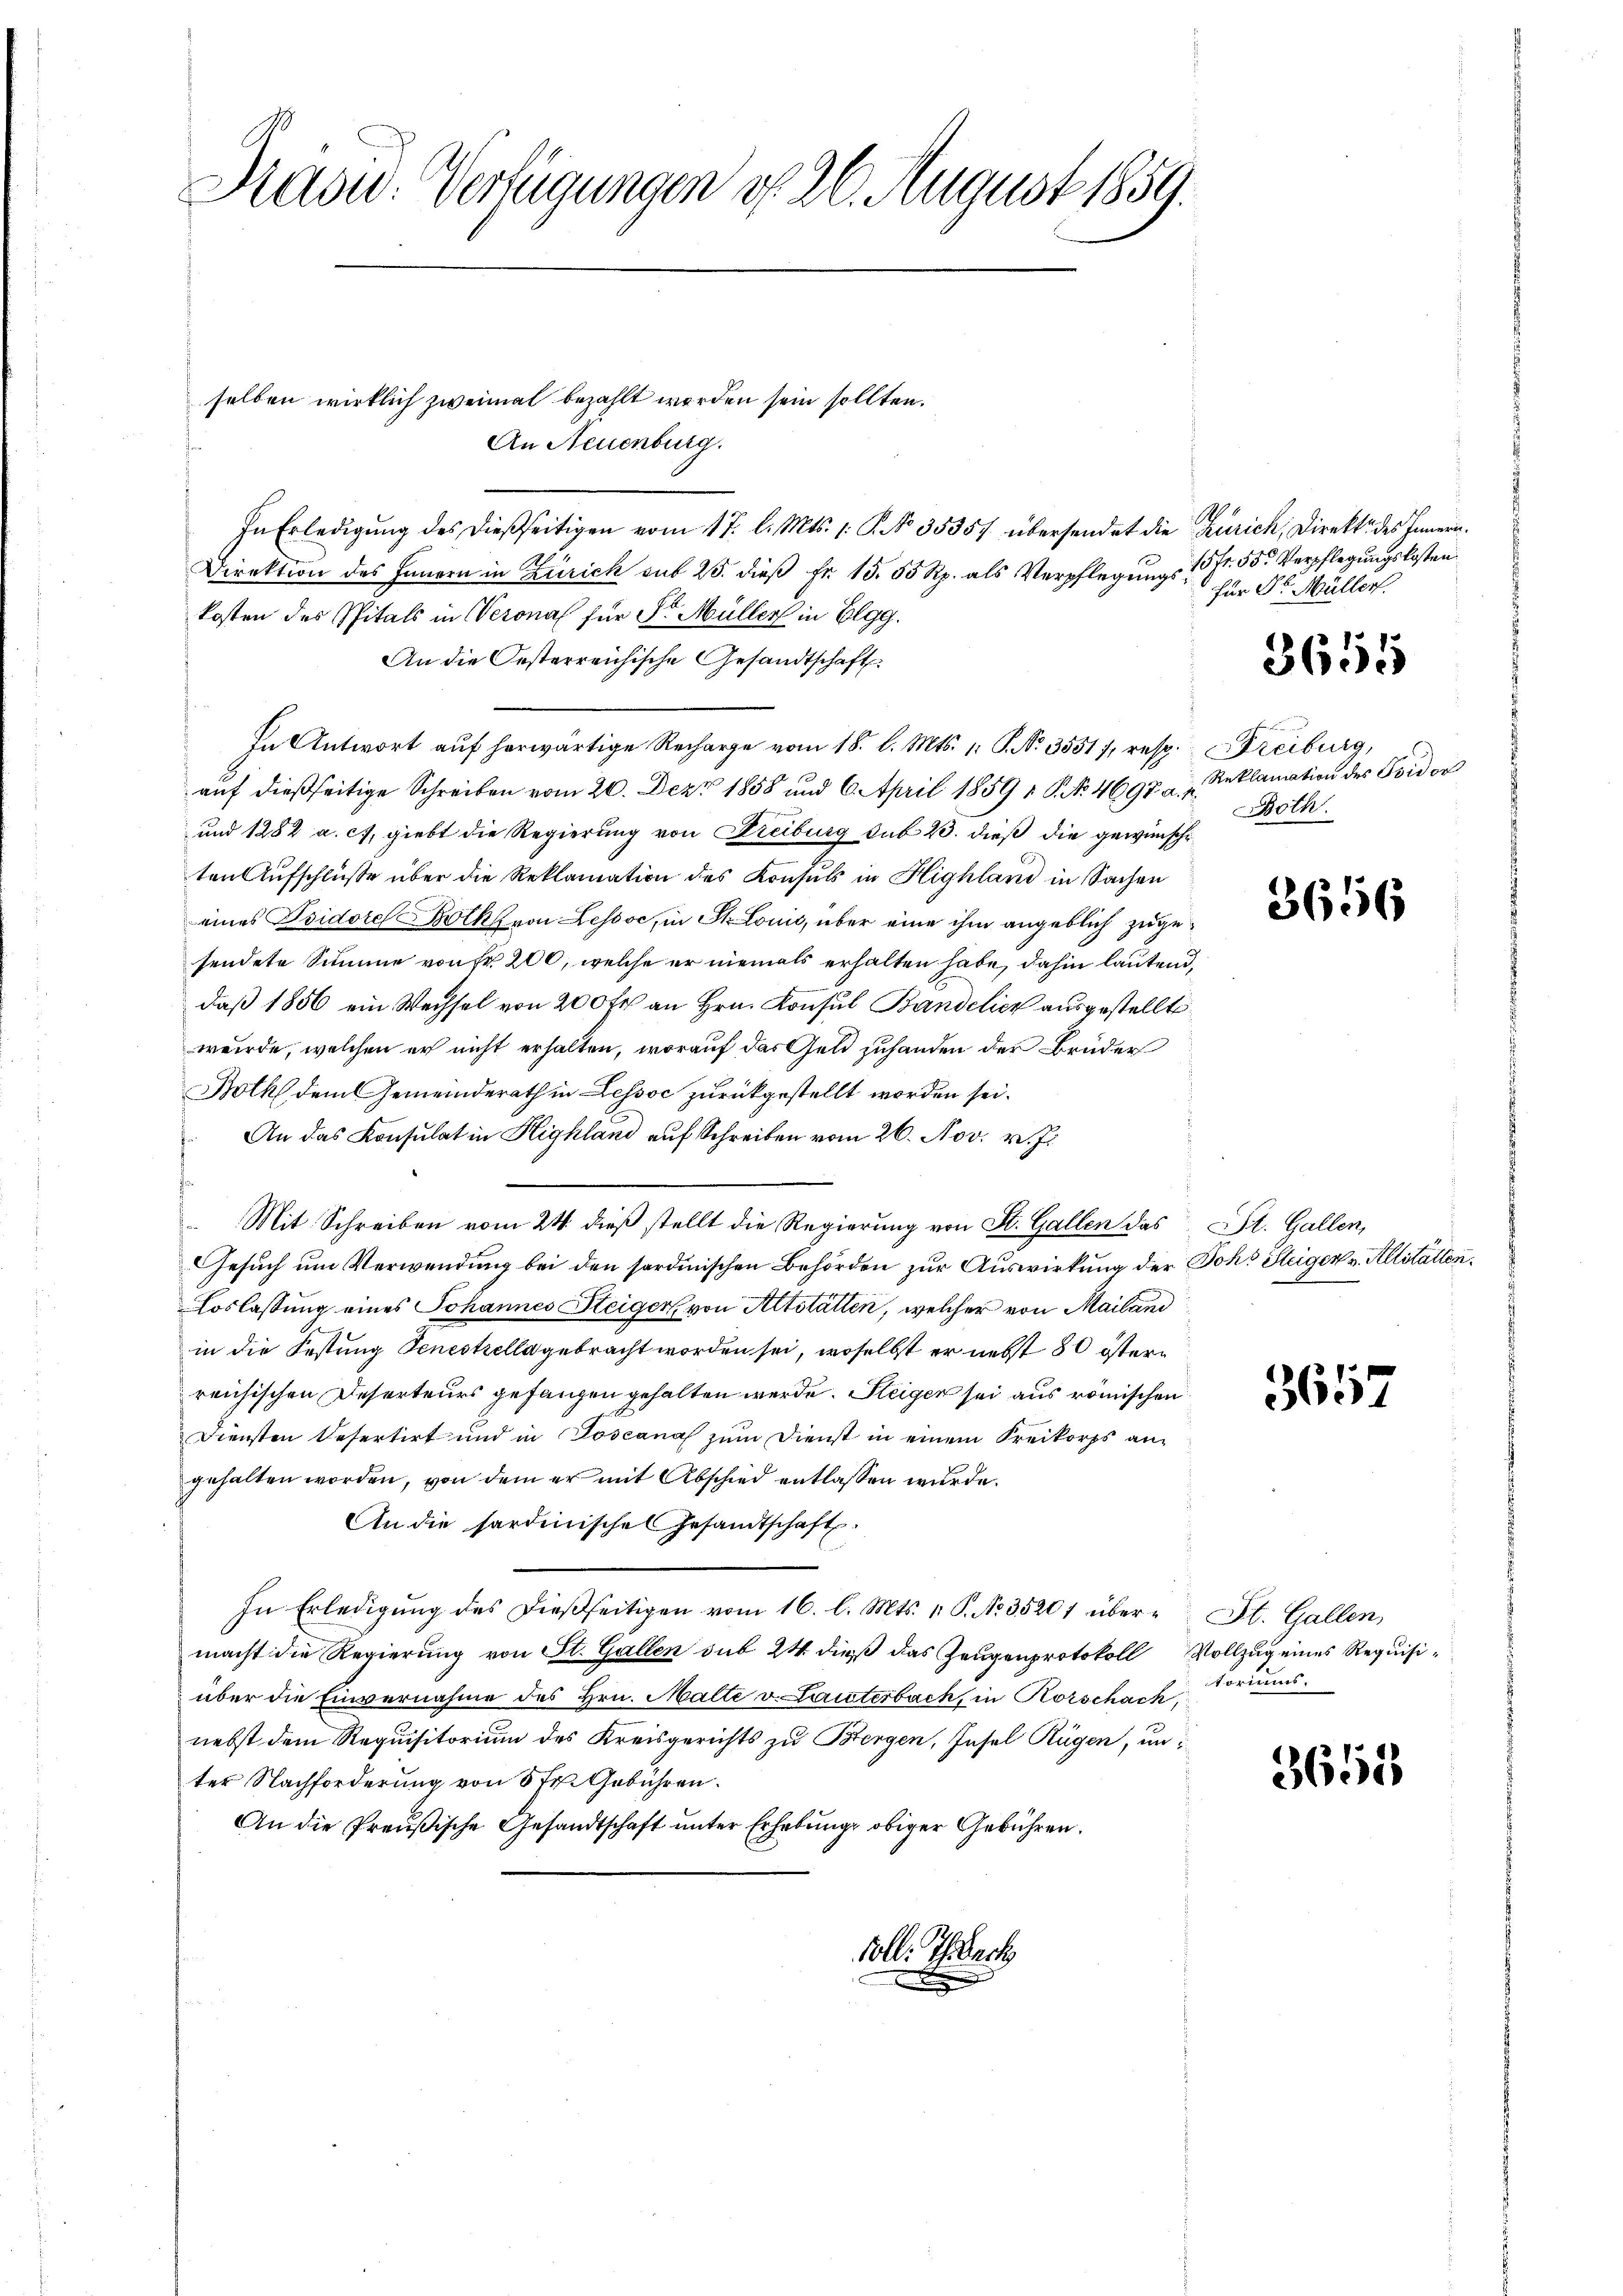
Radw. Verfügungen d. 26. August 1859.

selben wirklich zweimal bezahlt worden sein sollten.
An Neuenburg.
In Erledigung des dießseitigen vom 17. l. Mts. 1. P. No. 35357 übersendet die Zürich, Direkt des Innern.
Direktion des Innern in Zürich auf 25. dieß fr. 15. 55 Rp. als Verpflegungs 15 Fr. 55. Verpflegungskosten
kosten des Spitals in Verona für Sr. Müller in Elgg.
An die Oesterreichische Gesandtschaft.
In Antwort aŭf herwärtige Recharge vom 18. l. Mts. 1. P. Nr. 3551, resp. Freiburg,
aŭf dießseitige Schreiben vom 20. Dez. 1858 und 6. April 1859 v P. No 4697. a. u. Reklamation des Poidor
und 1282 a. c., giebt die Regierung von Freiburg sub 23. dieß die gewünsche
ten Aufschlüße über die Reklamation des Konsuls in Highland in Sachen
eines Isidoreolk von Lessor, in St. Louis, über eine ihm angeblich zugesendete Summe von Fr. 200, welche er niemals erhalten habe, dahin lautend,
daß 1856 ein Wechsel von 200 fr an Hrn. Konsul Bandelick ausgestellte
wurde, welchen er nicht erhalten, worauf das Geld zuhanden der Brüder
Both dem Gemeinderath in Lessoc zurückgestellt worden sei.
An das Konsulat in Highland auf Schreiben vom 26. Nov. v. J.
Mit Schreiben vom 24. dieß stellt die Regierung von St. Gallen das
Gesuch um Verwendung bei den sordinischen Behörden zur Auswirkung der Joh. Steiger v. Allställen¬
Loslassung eines Johannes Steiger, von Altstätten, welcher von Mailand
in die Festung denestrella gebracht worden sei, woselbst er nebst 80 östern
reichischen Deserteurs gefangen gehalten werde. Steiger sei aus römischen
Diensten Desertirt und in Toscanal zum Dienst in einem Kreikorps angehalten worden, von dem er mit Abschied entlassen wurde.
An die sardinische Gesandtschaft.
In Erledigŭng des dießseitigen vom 16. l. Mts. 1. P. Nr. 35201 über- St. Gallen,
macht die Regierung von St. Gallen sub 24 dieß das Zeugenprotokoll Vollzug eines Requisiüber die Einvernahme des Hrn. Malte v. Lauterbach, in Korschach,
nebst dem Requisitorium des Kreisgerichts zu Bergen, Insel Rügen, un
ter Nachforderung von 5 Fr. Gebühren.
An die Preußische Gesandtschaft unter Erhebung obiger Gebühren.
Colle Therech

1
für Dr. Müller.

3655

oth.

3656

St. Gallen,

3657

torius.

3658